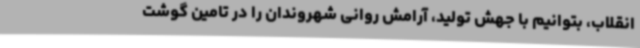
انقلاب، بتوانیم با جهش تولید، آرامش روانی شهروندان را در تامین گوشت